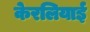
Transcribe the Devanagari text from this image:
केरलियाई